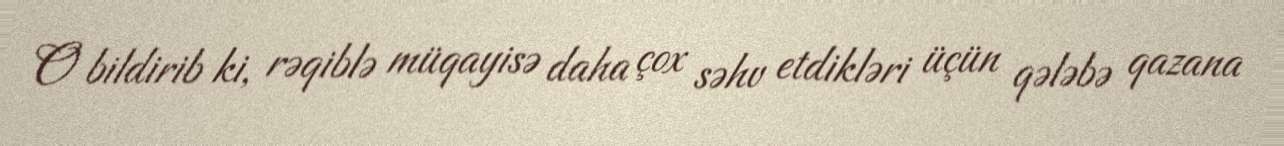
O bildirib ki, rəqiblə müqayisə daha çox səhv etdikləri üçün qələbə qazana